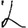
Digit: 2